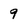
Character: 9